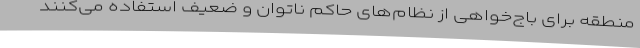
منطقه برای باج‌خواهی از نظام‌های حاکم ناتوان و ضعیف استفاده می‌کنند